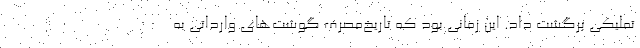
تملیکی برگشت داد. این‌ زمانی بود که تاریخ‌مصرف گوشت‌های وارداتی به